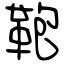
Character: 鞄